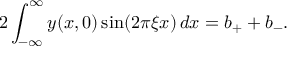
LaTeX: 2 \int _ { - \infty } ^ { \infty } y ( x , 0 ) \sin ( 2 \pi \xi x ) \, d x = b _ { + } + b _ { - } .